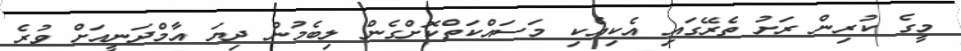
މީގެ ކުރިން ރަށު ތެރޭގައި އެކިއެކި މަސައްކަތްކޮށްގެން ލިބެމުން ދިޔަ އާމްދަނީއަށް ވުރެ